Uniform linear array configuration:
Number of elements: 64
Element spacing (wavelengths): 0.5
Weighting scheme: blackman
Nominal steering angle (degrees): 60
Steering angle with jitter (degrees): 61.801
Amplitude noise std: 0.05
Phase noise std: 0.05

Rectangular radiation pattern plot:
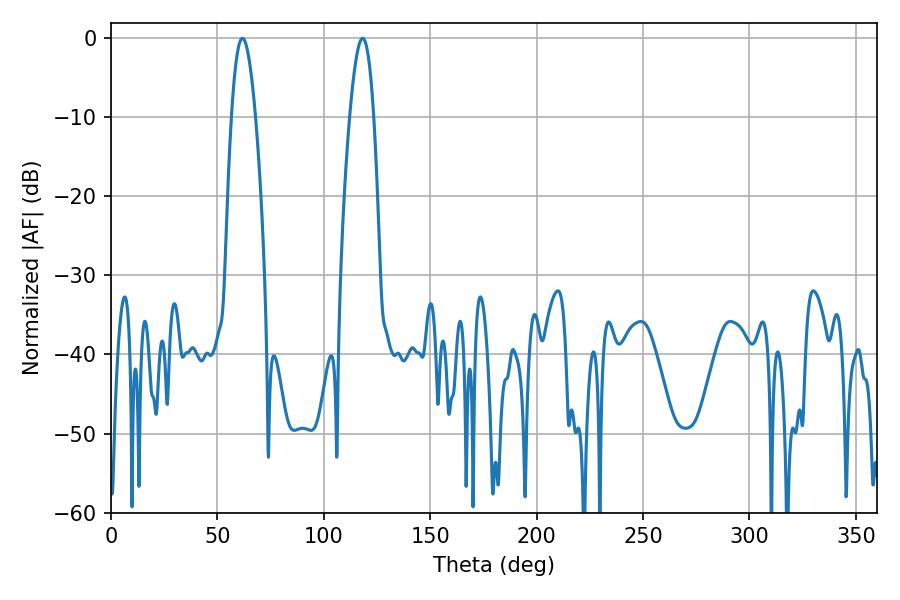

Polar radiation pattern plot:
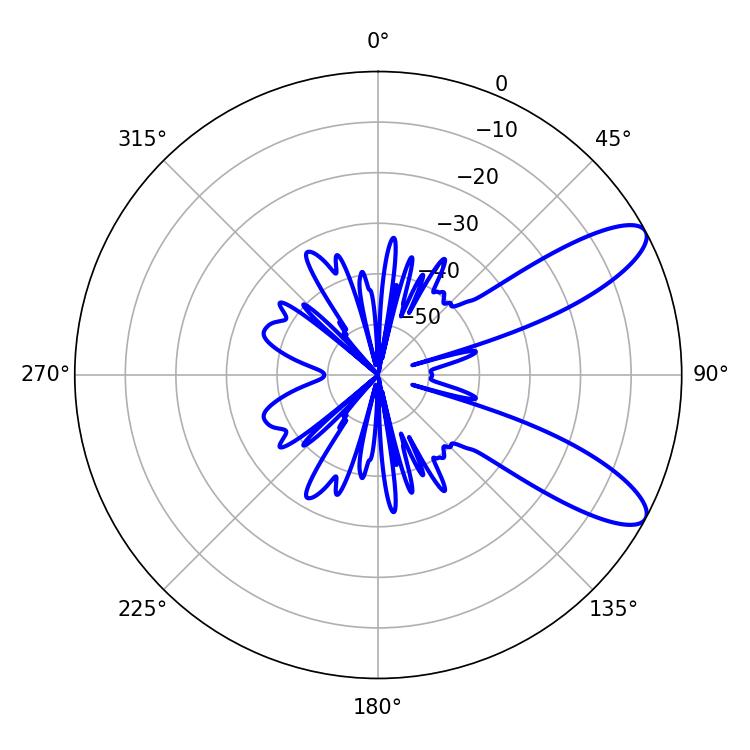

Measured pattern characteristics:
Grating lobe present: FALSE
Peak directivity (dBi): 9.878
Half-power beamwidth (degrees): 6.12
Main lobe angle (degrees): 61.74